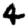
Digit: 4